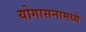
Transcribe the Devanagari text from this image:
योगासनामध्ये